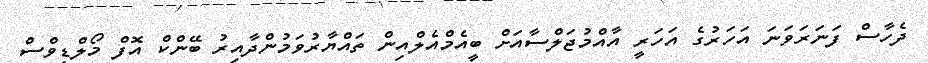
ދެހާސް ފަނަރަވަނަ އަހަރުގެ އަހަރީ އާއްމުޖަލްސާއަށް ބީއެމްއެލްއިން ތައްޔާރުވަމުންދާއިރު ބޭންކް އޮފް މޯލްޑިވްސް